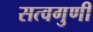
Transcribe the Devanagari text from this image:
सत्वगुणी